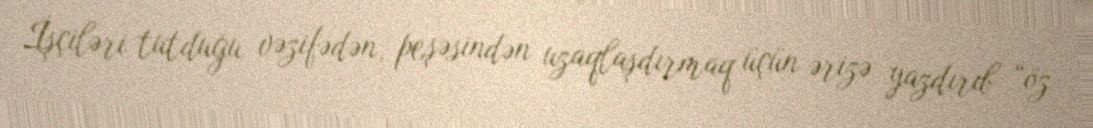
İşçiləri tutduğu vəzifədən, peşəsindən uzaqlaşdırmaq üçün ərizə yazdırıb “öz